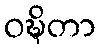
ဝဍ္ဎိတာ